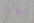
مغتصب